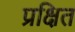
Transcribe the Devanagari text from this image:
प्रक्षित